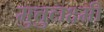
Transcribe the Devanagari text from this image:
मुत्तुलक्ष्मी